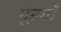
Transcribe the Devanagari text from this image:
मूंड्याँ